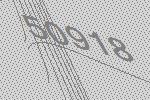
50918